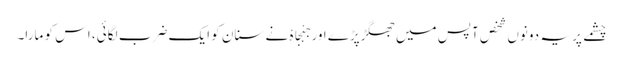
چشمے پر یہ دونوں شخص آپس میں جھگڑپڑے اور جَہْجَاہْ نے سنان کو ایک ضرب لگائی، اس کو مارا۔